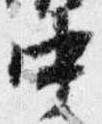
中